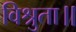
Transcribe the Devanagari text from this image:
विश्रुता॥